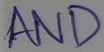
Text: AND